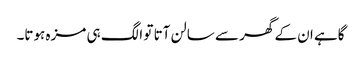
گاہے ان کے گھر سے سالن آتا تو الگ ہی مزہ ہوتا۔